Vital statistics of India. Vol. VI, European troops 1870-79
Year: 1870
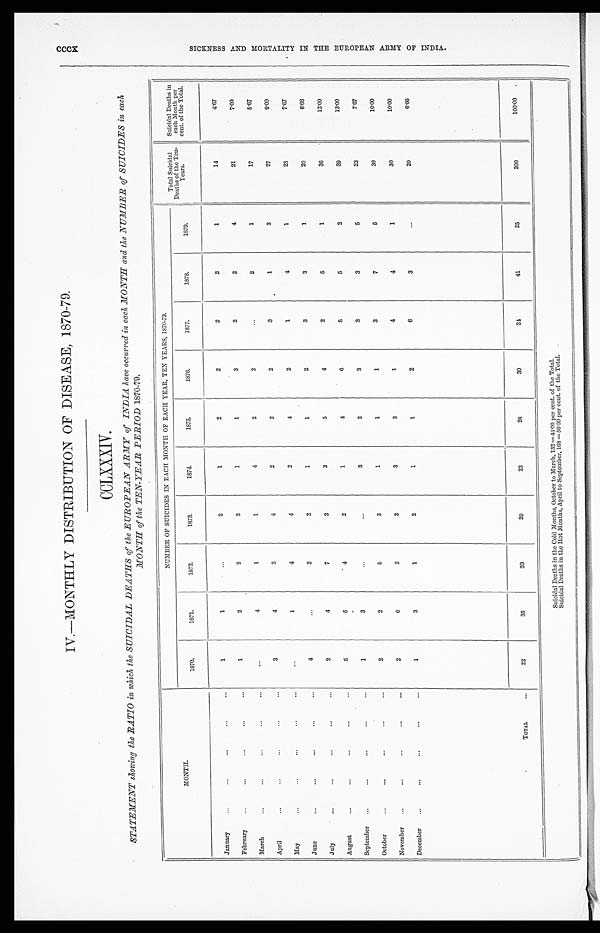
IV.—MONTHLY DISTRIBUTION OF DISEASE, 1870-79.
CCLXXXIV.
STATEMENT showing the RATIO in which the SUICIDAL DEATHS of the EUROPEAN ARMY of INDIA have occurred in each MONTH and the NUMBER of SUICIDES in each
MONTH of the TEN-YEAR PERIOD 1870-79.
MONTH.
NUMBER OF SUICIDES IN EACH MONTH OF EACH YEAR, TEN YEARS, 1870-79.
Total Suicidal
Deaths of the Ten-
Years.
Suicidal Deaths in
each Month per
cent. of the Total.
1870.
1871.
1872.
1873.
1874.
1875.
1876.
1877.
1878.
1879.
January
. . . ...
...
. . .
. . .
1
1
...
2
1
2
2
2
2
1
14
4 . 6 7
February
. . .
...
. . .
. . .
. . .
1
2
2
3
1
1
3
2
2
4
21
7 . 0 0
March
...
...
...
...
...
...
4
1
1
4
2
2
. . .
2
1
17
5 . 6 7
April
. . .
...
. . .
...
...
3
4
3
4
2
2
2
3
1
3
27
9.00
May
. . .
...
...
...
...
...
1
4
4
2
4
2
1
4
1
23
7 . 6 7
June
. . .
. . .
...
...
...
4
. . .
3
2
1
1
2
3
3
1
20
6 . 6 6
July
...
...
...
...
...
2
4
7
3
3
5
4
2
5
1
36
1 2 . 0 0
August
...
...
. . .
. . .
. . .
5
5
4
2
1
4
6
5
5
2
39
1 3 . 0 0
September ... ...
. . .
...
...
1
3
. . .
. . .
3
2
3
3
3
5
23
7 . 6 7
October
...
...
. . .
...
...
2
2
5
3
1
1
1
3
7
5
30
1 0 . 0 0
November ...
...
...
...
...
2
6
3
3
3
3
1
4
4
1
30
1 0 . 0 0
December ...
...
. . .
...
. . .
1
3
1
2
1
1
2
6
3
...
20
6 . 6 6
TOTAL
...
22
35
33
29
23
28
30
3 4
41
25
300
100.00
Suicidal Deaths in the Cold Months, October to March, 132=44.00 per cent. of the Total.
Suicidal Deaths in the Hot Months, April to September, 168 =56.00 per cent. of the Total.
cccx
S I C K N E S S A N D M O R T A L I T Y I N T H E E U R O P E A N A R M Y O F I N D I A .